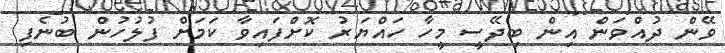
ވޭން ދުއްވަން އިން ބިދޭސީ މީހާ ހައްޔަރު ކޮށްފައިވާ ކަމަށް ފުލުހުން ބުނެފި